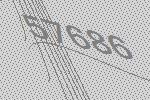
57686